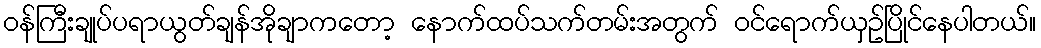
ဝန်ကြီးချုပ်ပရာယွတ်ချန်အိုချာကတော့ နောက်ထပ်သက်တမ်းအတွက် ဝင်ရောက်ယှဥ်ပြိုင်နေပါတယ်။